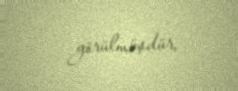
görülmüşdür.